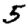
Digit: 5